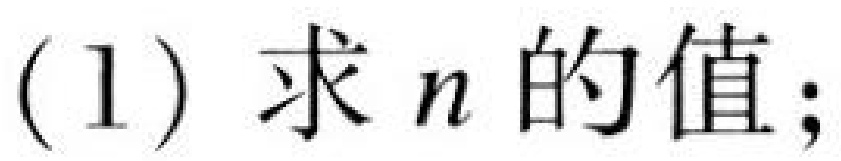
(1) 求\(n\)的值；